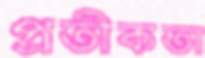
প্রতীকতা